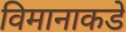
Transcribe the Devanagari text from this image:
विमानाकडे